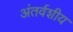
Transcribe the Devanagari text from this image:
अंतर्वशीय